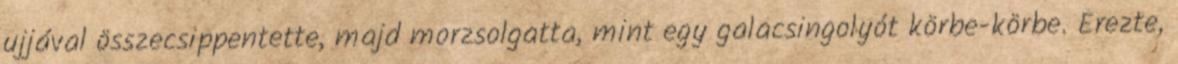
ujjával összecsippentette, majd morzsolgatta, mint egy galacsingolyót körbe-körbe. Érezte,